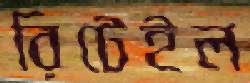
রিটেইল